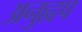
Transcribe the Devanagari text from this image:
अनुह्वप